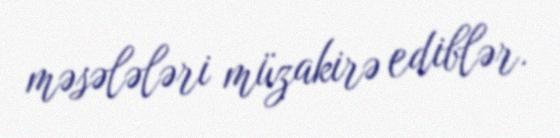
məsələləri müzakirə ediblər.